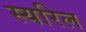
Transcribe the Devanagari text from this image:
स्यरिल